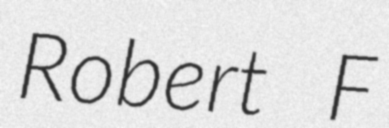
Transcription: Robert F